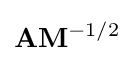
\mathbf {A} \mathbf {M} ^{-1/2}